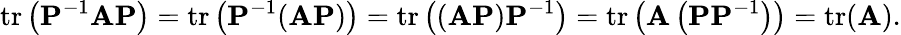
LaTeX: \operatorname{tr}\left(\mathbf{P}^{-1}\mathbf{A}\mathbf{P}\right)=\operatorname{tr}\left(\mathbf{P}^{-1}(\mathbf{A}\mathbf{P})\right)=\operatorname{tr}\left((\mathbf{A}\mathbf{P})\mathbf{P}^{-1}\right)=\operatorname{tr}\left(\mathbf{A}\left(\mathbf{P}\mathbf{P}^{-1}\right)\right)=\operatorname{tr}(\mathbf{A}).